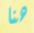
هنا